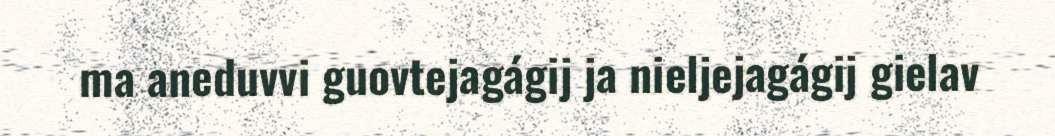
ma aneduvvi guovtejagágij ja nieljejagágij gielav